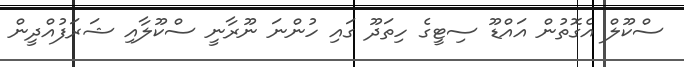
ސްކޫލް އެގޮތުން އައްޑޫ ސިޓީގެ ހިތަދޫ ގައި ހުންނަ ނޫރާނީ ސްކޫލާއި ޝަރަފުއްދީން